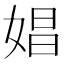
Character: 娼